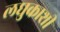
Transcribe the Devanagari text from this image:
लघुकाशी